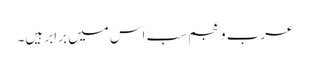
عرب و عجم سب اس میں برابر ہیں۔